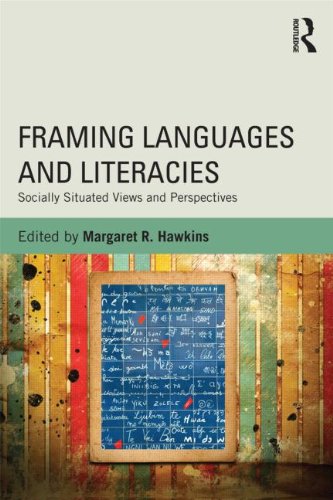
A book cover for Framing Languages and Literacies: Socially Situated Views and Perspectives; Crafts, Hobbies & Home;